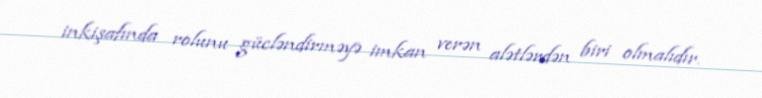
inkişafında rolunu gücləndirməyə imkan verən alətlərdən biri olmalıdır.